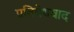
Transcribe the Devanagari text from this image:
प्रतिषेधवाद